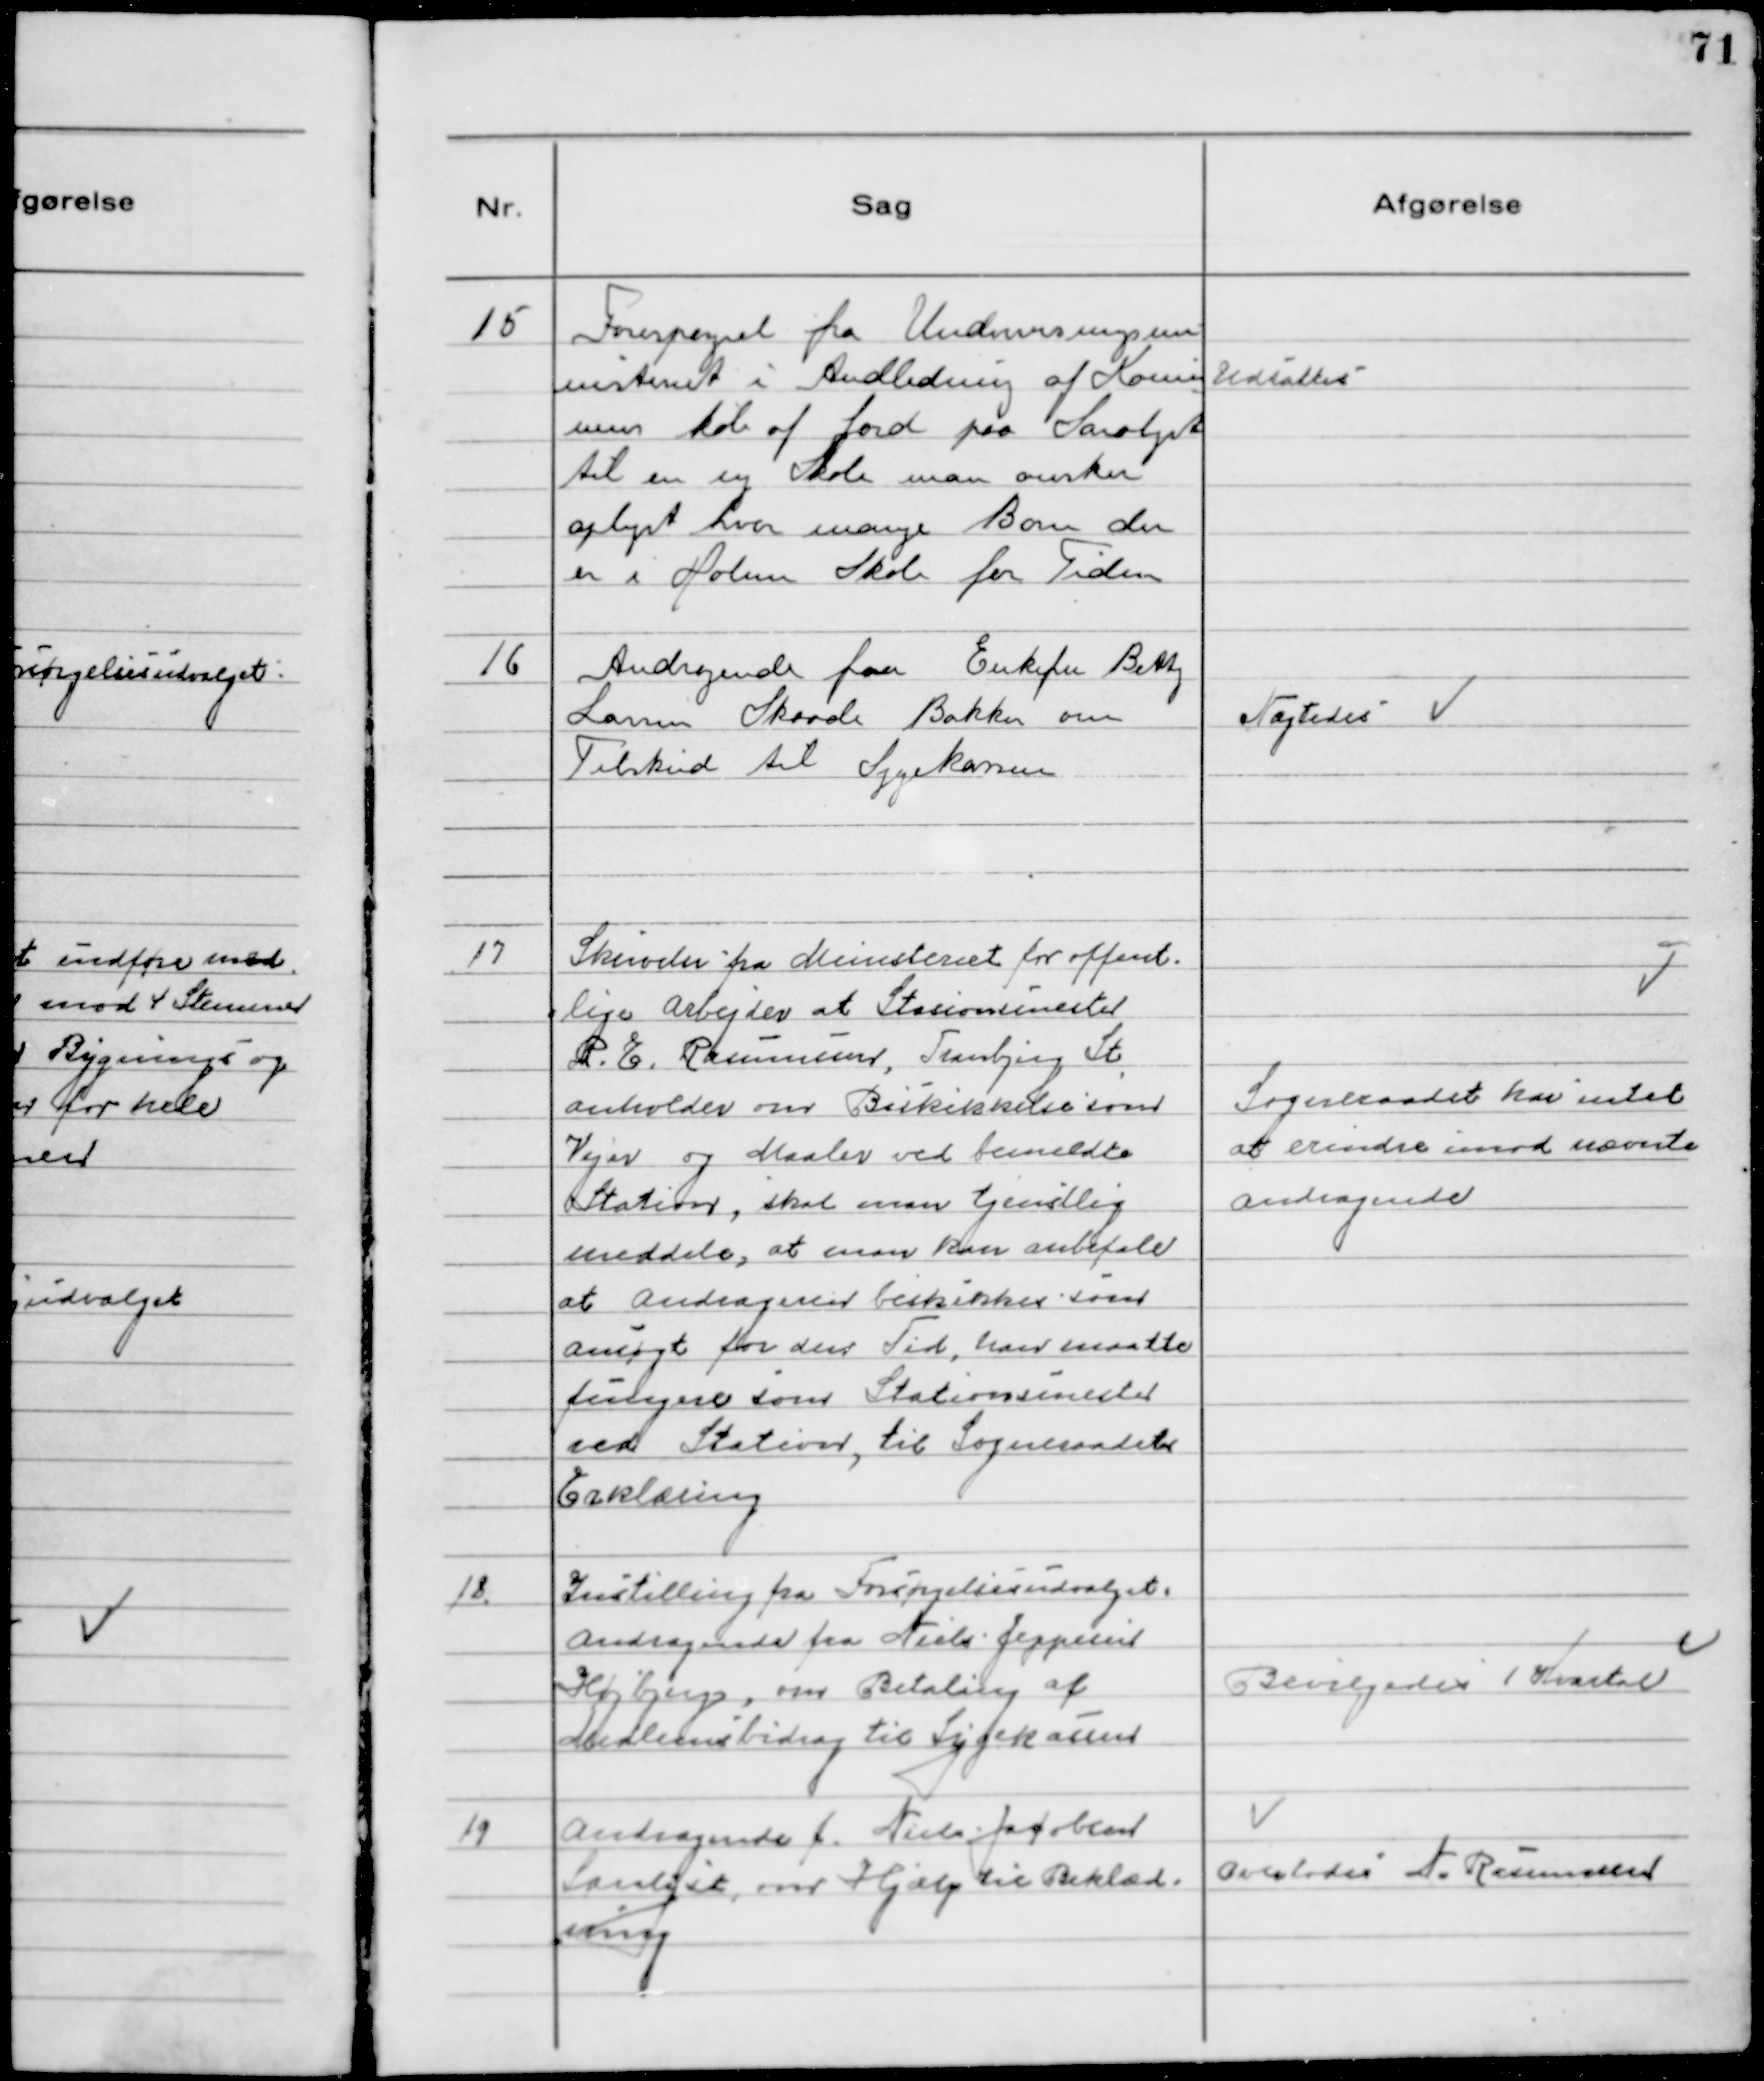
Transskription:
15 Forespørgsel fra Undervisningsmi
nisteriet i Andledning af Kommu
nens køb af Jord paa Saralyst
til en ny Skole man ønsker
oplyst hvor mange Børn der
er i Holme Skole for Tiden

Udsattes

16 Andragende fra Enkefru Betty
Larsen Skaade Bakker om
Tilskud til Sygekassen

Nægtedes

17 Skrivelse fra Ministeriet for offent-
lige Arbejder at Stasionsmester
P.E. Rasmussen,Tranbjerg St
anholder om Beskikkelse som
Vejer og Maaler ved bemeldte
Station, skal man tjenstlig
meddele, at man kan anbefale
at Andsøgeren beskikkes som
ansøgt for den Tid, han maatte
fungere som Stationsmester
ved Station, til Sogneraadets
Erklæring

Sogneraadet har intet
at erindre imod nævnte
andragende

18. Indstilling fra Forsørgelsesudvalget.
Andragende fra Niels Jeppesen
Højbjerg, om Betaling af
Medlemsbidrag til Sygekassen

Bevilgedes 1 Kvartal

19 Andragende f. Niels Jacobsen
Saralyst, om Hjælp til Beklæd-
ning

Overlodes N. Rasmussen